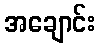
အချောင်း